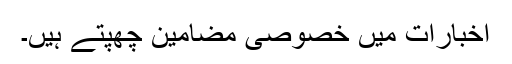
اخبارات میں خصوصی مضامین چھپتے ہیں۔